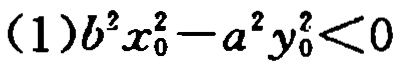
(1)\(b^{2}x_{0}^{2}-a^{2}y_{0}^{2}<0\)